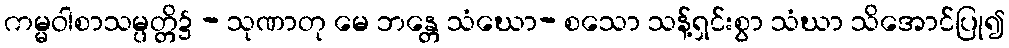
ကမ္မဝါစာသမ္ပတ္တိ၌ - သုဏာတု မေ ဘန္တေ သံဃော- စသော သန့်ရှင်းစွာ သံဃာ သိအောင်ပြု၍